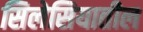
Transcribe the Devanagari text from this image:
सिलेसियातील